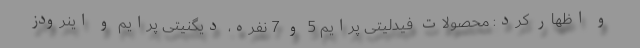
و اظهار کرد: محصولات فیدلیتی پرایم 5 و 7 نفره، دیگنیتی پرایم و اینرودز